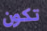
تكون